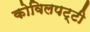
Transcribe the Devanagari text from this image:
कोविलपट्टी